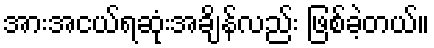
အားအငယ်ရဆုံးအချိန်လည်း ဖြစ်ခဲ့တယ်။